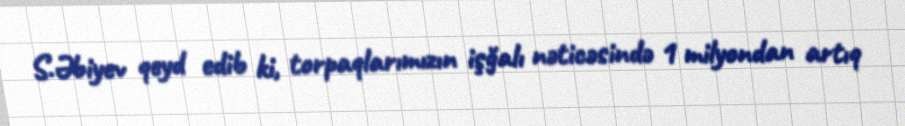
S.Əbiyev qeyd edib ki, torpaqlarımızın işğalı nəticəsində 1 milyondan artıq